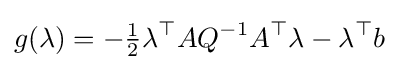
g(\lambda )=-{\tfrac {1}{2}}\lambda ^{\top }AQ^{-1}A^{\top }\lambda -\lambda ^{\top }b